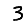
Digit: 3